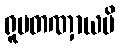
ရူပတဏှာယပိ